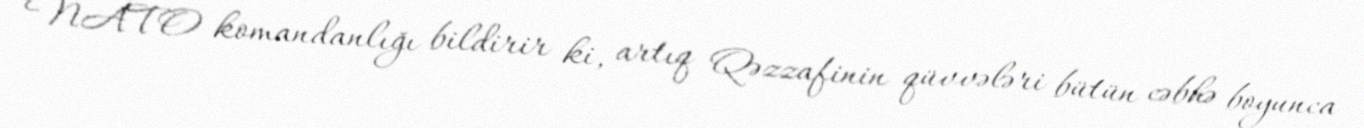
NATO komandanlığı bildirir ki, artıq Qəzzafinin qüvvələri bütün cəbhə boyunca